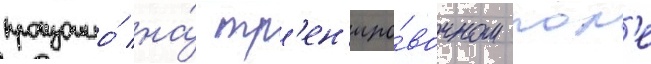
произошло́ на́ тр'ен'иро́вочном пол'е